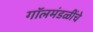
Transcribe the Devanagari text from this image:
गॉलमंडळींचे